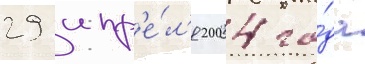
29 апр'е́л'я 2004 го́да